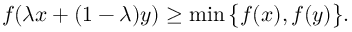
f ( \lambda x + ( 1 - \lambda ) y ) \geq \operatorname* { m i n } { \big \{ } f ( x ) , f ( y ) { \big \} } .